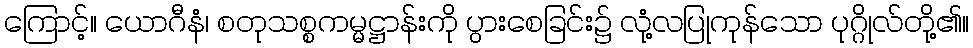
ကြောင့်။ ယောဂီနံ၊ စတုသစ္စကမ္မဋ္ဌာန်းကို ပွားစေခြင်း၌ လုံ့လပြုကုန်သော ပုဂ္ဂိုလ်တို့၏။